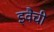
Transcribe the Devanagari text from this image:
इवैची